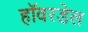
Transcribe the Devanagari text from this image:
हॉवरडेल